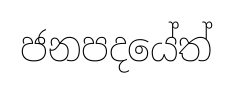
ජනපදයේත්